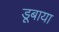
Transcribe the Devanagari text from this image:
डूबाया